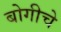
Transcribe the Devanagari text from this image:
बोगीचे